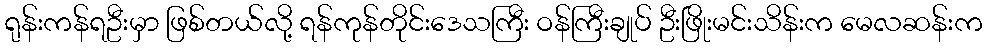
ရုန်းကန်ရဦးမှာ ဖြစ်တယ်လို့ ရန်ကုန်တိုင်းဒေသကြီး ဝန်ကြီးချုပ် ဦးဖြိုးမင်းသိန်းက မေလဆန်းက